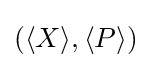
(\langle X\rangle ,\langle P\rangle )